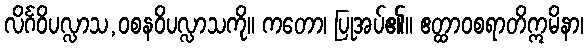
လိင်္ဂဝိပလ္လာသ,ဝစနဝိပလ္လာသကို။ ကတော၊ ပြုအပ်၏။ ဧတ္ထာဝစရာတိဣမိနာ၊